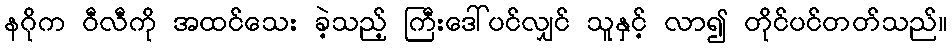
နဂိုက ဝီလီကို အထင်သေး ခဲ့သည့် ကြီးဒေါ်ပင်လျှင် သူနှင့် လာ၍ တိုင်ပင်တတ်သည်။